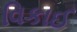
વિકાઈ